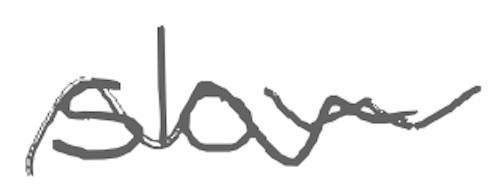
Text: slow
Cross-out: wave
Writing tool: digital_gray